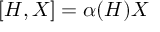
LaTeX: [ H , X ] = \alpha ( H ) X